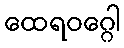
ထေရဝဂ္ဂေါ